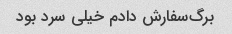
برگ‌سفارش دادم خیلی سرد بود